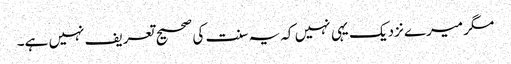
مگر میرے نزدیک یہی نہیں کہ یہ سنت کی صحیح تعریف نہیں ہے۔